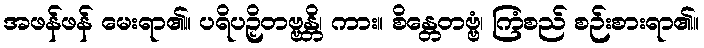
အဖန်ဖန် မေးရာ၏။ ပရိပဉှိတဗ္ဗန္တိ၊ ကား။ စိန္တေတဗ္ဗံ၊ ကြံစည် စဉ်းစားရာ၏။